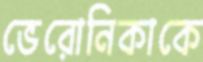
ভেরোনিকাকে